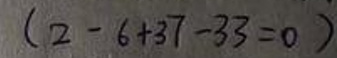
\[ (2 - 6 + 37 - 33 = 0) \]